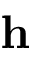
\mathbf { h }